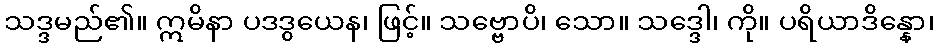
သဒ္ဒမည်၏။ ဣမိနာ ပဒဒွယေန၊ ဖြင့်။ သဗ္ဗောပိ၊ သော။ သဒ္ဒေါ၊ ကို။ ပရိယာဒိန္နော၊